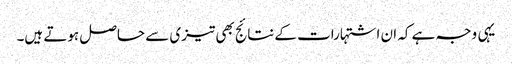
یہی وجہ ہے کہ ان اشتہارات کے نتائج بھی تیزی سے حاصل ہوتے ہیں۔